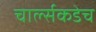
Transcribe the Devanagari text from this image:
चार्ल्सकडेच